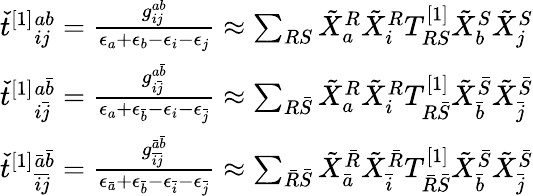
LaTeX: \begin{array}{r}{\check{t}^{[1]}{}_{ij}^{ab}=\frac{g_{ij}^{ab}}{\epsilon_{a}+\epsilon_{b}-\epsilon_{i}-\epsilon_{j}}\approx\sum_{RS}\tilde{X}_{a}^{R}\tilde{X}_{i}^{R}T_{RS}^{[1]}\tilde{X}_{b}^{S}\tilde{X}_{j}^{S}}\\ {\check{t}^{[1]}{}_{i\bar{j}}^{a\bar{b}}=\frac{g_{i\bar{j}}^{a\bar{b}}}{\epsilon_{a}+\epsilon_{\bar{b}}-\epsilon_{i}-\epsilon_{\bar{j}}}\approx\sum_{R\bar{S}}\tilde{X}_{a}^{R}\tilde{X}_{i}^{R}T_{R\bar{S}}^{[1]}\tilde{X}_{\bar{b}}^{\bar{S}}\tilde{X}_{\bar{j}}^{\bar{S}}}\\ {\check{t}^{[1]}{}_{\bar{i}\bar{j}}^{\bar{a}\bar{b}}=\frac{g_{\bar{i}\bar{j}}^{\bar{a}\bar{b}}}{\epsilon_{\bar{a}}+\epsilon_{\bar{b}}-\epsilon_{\bar{i}}-\epsilon_{\bar{j}}}\approx\sum_{\bar{R}\bar{S}}\tilde{X}_{\bar{a}}^{\bar{R}}\tilde{X}_{\bar{i}}^{\bar{R}}T_{\bar{R}\bar{S}}^{[1]}\tilde{X}_{\bar{b}}^{\bar{S}}\tilde{X}_{\bar{j}}^{\bar{S}}}\end{array}